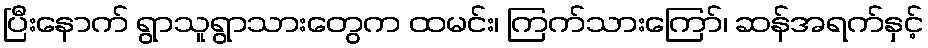
ပြီးနောက် ရွာသူရွာသားတွေက ထမင်း၊ ကြက်သားကြော်၊ ဆန်အရက်နှင့်